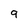
Character: 9